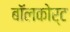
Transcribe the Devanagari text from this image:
बॉलकोर्ट